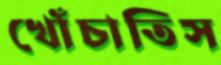
খোঁচাতিস